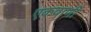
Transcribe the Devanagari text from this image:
एकवाणी